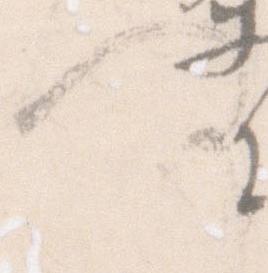
何